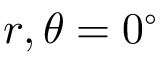
r , \theta = 0 ^ { \circ }